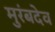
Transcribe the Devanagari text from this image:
मुरंबदेव